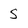
Character: S